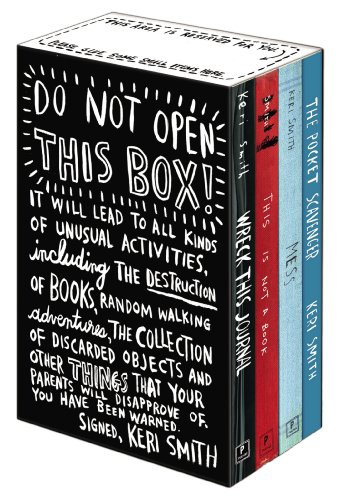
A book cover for Keri Smith Deluxe Boxed Set; Keri Smith; Self-Help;